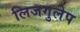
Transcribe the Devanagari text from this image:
लिजगुलेप